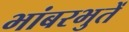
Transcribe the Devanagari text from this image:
भांबरभुतें